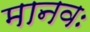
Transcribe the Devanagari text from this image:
मानवः